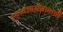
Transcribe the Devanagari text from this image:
स्वातंत्र्यसंग्रामाची